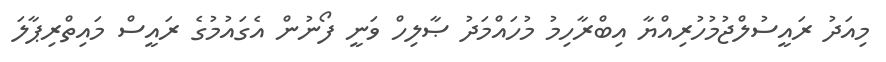
މިއަދު ރައީސުލްޖުމުހުރިއްޔާ އިބްރާހިމު މުހައްމަދު ޞާލިހް ވަނީ ފޯނުން އެގައުމުގެ ރައީސް މައިތްރިޕާލަ